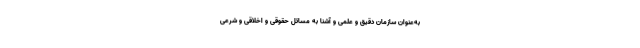
به‌عنوان سازمان دقیق و علمی و آشنا به مسائل حقوقی و اخلاقی و شرعی